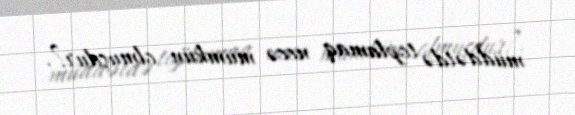
müddətdə toplamaq necə mümkün olmuşdur?.